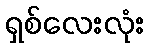
ရှစ်လေးလုံး